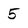
Character: 5